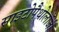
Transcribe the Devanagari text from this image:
साइटोपैथोलॉजी